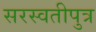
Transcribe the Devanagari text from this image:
सरस्वतीपुत्र